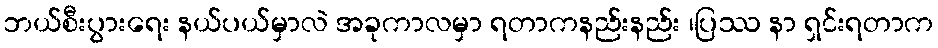
ဘယ်စီးပွားရေး နယ်ပယ်မှာလဲ အခုကာလမှာ ရတာကနည်းနည်း ၊ပြဿ နာ ရှင်းရတာက